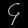
Digit: ၄